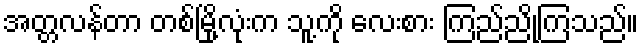
အတ္တလန်တာ တစ်မြို့လုံးက သူ့ကို လေးစား ကြည်ညိုကြသည်။